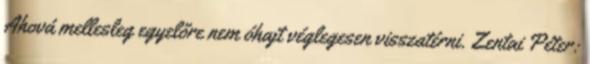
Ahová mellesleg egyelőre nem óhajt véglegesen visszatérni. Zentai Péter: